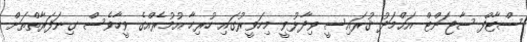
ސްޓާފް ސާޖަންޓް އަޙްމަދު ޤުރައިސީ ވިދާޅުވީ މިހަވީރުގައި ހުރިހާ އުމުރެއްގެ ވީހާވެސް ގިނަފަރާތްތަށް